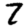
Digit: 7